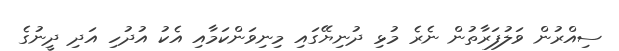
ސިއްރުން ވަލުފަރާތުން ނެރެ މުޅި ދުނިޔޭގައި މިނިވަންކަމާއި އެކު އުދުހި އަދި ދީނުގެ